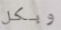
وبكل